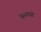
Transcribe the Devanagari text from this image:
केनवासों